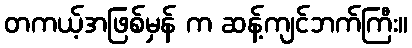
တကယ့်အဖြစ်မှန် က ဆန့်ကျင်ဘက်ကြီး။